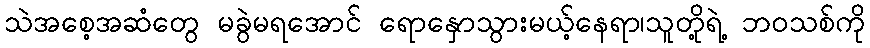
သဲအစေ့အဆံတွေ မခွဲမရအောင် ရောနှောသွားမယ့်နေရာ၊သူတို့ရဲ့ ဘဝသစ်ကို